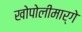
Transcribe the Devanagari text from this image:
खोपोलीमार्गे